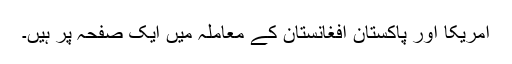
امریکا اور پاکستان افغانستان کے معاملہ میں ایک صفحہ پر ہیں۔